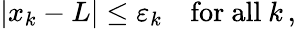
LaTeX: |x_{k}-L|\leq\varepsilon_{k}\quad{\mathrm{for~all~}}k\, ,